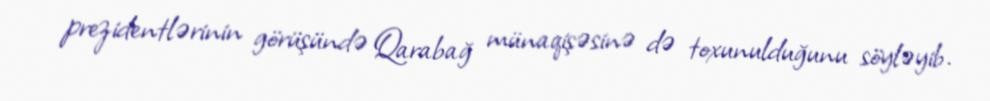
prezidentlərinin görüşündə Qarabağ münaqişəsinə də toxunulduğunu söyləyib.